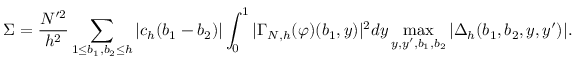
\Sigma = \frac { N ^ { \prime 2 } } { h ^ { 2 } } \sum _ { 1 \le b _ { 1 } , b _ { 2 } \le h } | c _ { h } ( b _ { 1 } - b _ { 2 } ) | \int _ { 0 } ^ { 1 } | \Gamma _ { N , h } ( \varphi ) ( b _ { 1 } , y ) | ^ { 2 } d y \operatorname* { m a x } _ { y , y ^ { \prime } , b _ { 1 } , b _ { 2 } } | \Delta _ { h } ( b _ { 1 } , b _ { 2 } , y , y ^ { \prime } ) | .